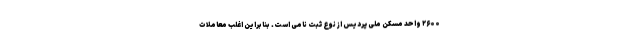
۲۶۰۰ واحد مسکن ملی پردیس از نوع ثبت نامی است. بنابراین اغلب معاملات